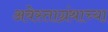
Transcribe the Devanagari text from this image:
अवेस्ताग्रंथाच्या